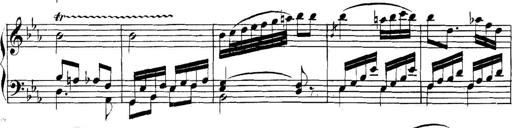
Title: Collected Piano Sonatas
Composer: Muzio Clementi